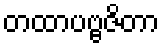
တထာပဗ္ဗဇိတာ